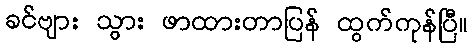
ခင်ဗျား သွား ဖာထားတာပြန် ထွက်ကုန်ပြီ။